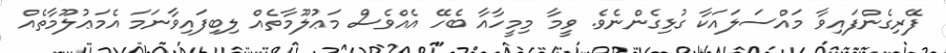
ފޭރިގެންފައިވާ މައްސަލައަކާ ގުޅިގެންނެވެ. ވީމާ މިމީހާއާ ބެހޭ އެއްވެސް މަޢުލޫމާތެއް ލިބިފައިވާނަމަ އެމަޢުލޫމާތެއް